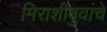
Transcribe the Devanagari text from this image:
मिराशीबुवांचे